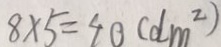
8 \times 5 = 4 0 ( d m ^ { 2 } )